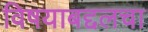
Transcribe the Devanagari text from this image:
विषयाबद्दलचा